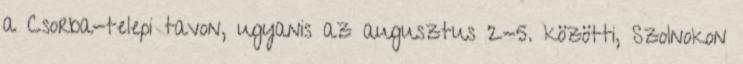
a Csorba-telepi tavon, ugyanis az augusztus 2-5. közötti, Szolnokon